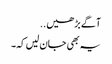
آگے بڑھیں..
یہ بھی جان لیں کہ۔